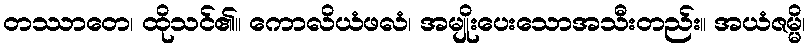
တဿာတေ၊ ထိုသင်၏။ ကောလိယံဖလံ၊ အမျိုးပေးသောအသီးတည်း။ အယံဇမ္မိ၊